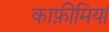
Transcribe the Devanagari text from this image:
काफ़ीमियां